Vaccination in Burma 1920-1933 - 1920-1933
Year: 1920
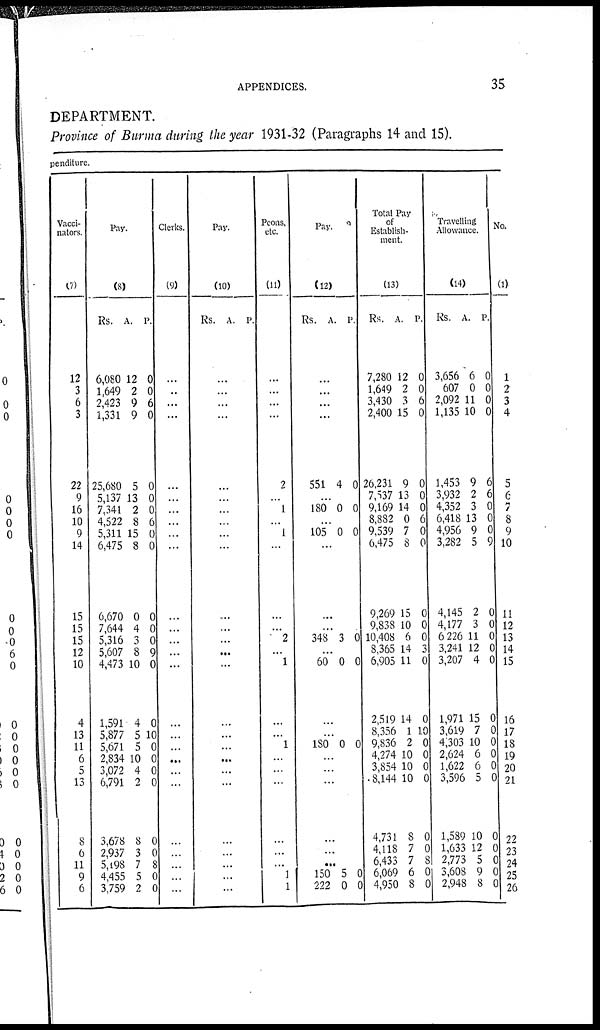
APPENDICES.
35
DEPARTMENT.
Province of Burma during the year 1931-32 (Paragraphs 14 and 15).
penditure.
Vacci-
nators.
(7)
12
3
6
3
22
9
16
10
9
14
15
15
15
12
10
4
13
11
6
5
13
8
6
11
9
6
Pay.
(8)
Rs.
6,080
1,649
2,423
1,331
25,680
5,137
7,341
4,522
5,311
6,475
6,670
7,644
5,316
5,607
4,473
1,591
5,877
5,671
2,834
3,072
6,79l
3,678
2,937
5,198
4,455
3,759
A.
12
2
9
9
5
13
2
8
15
8
0
4
3
8
10
4
5
5
10
4
2
8
3
7
5
2
P.
0
0
6
0
0
0
0
6
0
0
0
0
0
9
0
0
10
0
0
0
0
0
0
8
0
0
Clerks.
(9)
...
...
...
...
...
...
...
...
...
...
...
...
...
...
...
...
...
...
...
...
...
...
...
...
...
...
Pay.
(10)
Rs. A. P.
...
...
...
...
...
...
...
...
...
...
...
...
...
...
...
...
...
...
...
...
...
...
...
...
...
...
Peons,
etc.
(11)
...
...
...
...
2
...
1
...
1
...
...
...
2
...
1
...
...
1
...
...
...
...
...
...
1
1
Pay.
(12)
Rs.
A.
P.
...
...
...
...
551 4 0
...
180 0 0
...
105 0 0
...
...
...
348 3 0
...
60 0 0
...
...
180 0 0
...
...
...
...
...
...
150
222
5
0
0
0
Total Pay
of
Establish-
ment.
(13)
Rs.
7,280
1,649
3,430
2,400
26,231
7,537
9,169
8,882
9,539
6,475
9,269
9,838
10,408
8,365
6,905
2,519
8,356
9,836
4,274
3,854
8,144
4,731
4,118
6,433
6,069
4,950
A.
12
2
3
15
9
13
14
0
7
8
15
10
6
14
11
14
1
2
10
10
10
8
7
7
6
8
P.
0
0
6
0
0
0
0
6
0
0
0
0
0
3
0
0
10
0
0
0
0
0
0
8
0 0
Travelling
Allowance.
(14)
Rs.
3,656
607
2,092
1,135
1,453
3,932
4,352
6,418
4,956
3,282
4,145
4,177
6 226
3,241
3,207
1,971
3,619
4,303
2,624
1,622
3,596
1,589
1,633
2,773
3,608
2,948
A.
6
0
11
10
9
2
3
13
9
5
2
3
11
12
4
15
7
10
6
6
5
10
12
5
9
8
P.
0
0
0
0
6
6
0
0
0
9
0
0
0
0
0
0
0
0
0 0
0
0
0
0
0
0
No.
(1)
1
2
3
4
5
6
7
8
9
10
11
12
13
14
15
16
17
18
19
20
21
22
23
24
25
26